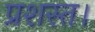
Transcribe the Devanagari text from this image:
प्रशस्त।